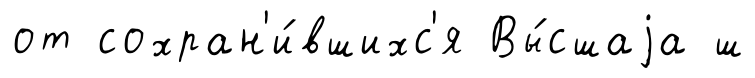
от сохран'и́вшихс'я Вы́сшаjа ш